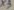
Text: X3